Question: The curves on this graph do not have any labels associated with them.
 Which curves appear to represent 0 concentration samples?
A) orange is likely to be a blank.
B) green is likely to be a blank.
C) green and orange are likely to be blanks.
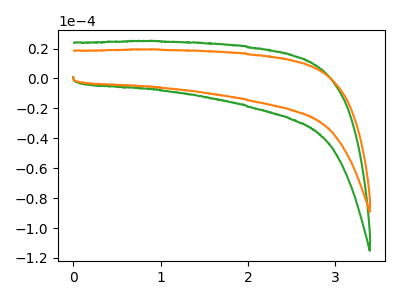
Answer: <think>The green curve "green" has no peaks. The orange curve "orange" has no peaks.</think>
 <answer>C) "green" and "orange" are likely to be blanks.</answer>
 <eval>C</eval>